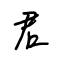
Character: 君